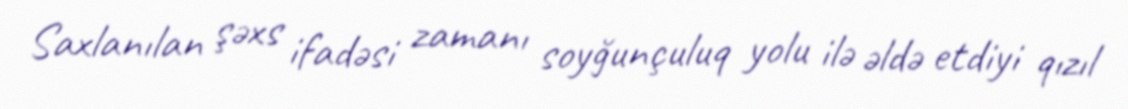
Saxlanılan şəxs ifadəsi zamanı soyğunçuluq yolu ilə əldə etdiyi qızıl